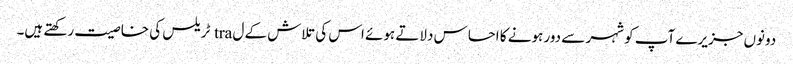
دونوں جزیرے آپ کو شہر سے دور ہونے کا احساس دلاتے ہوئے اس کی تلاش کے ل tra ٹریلس کی خاصیت رکھتے ہیں۔